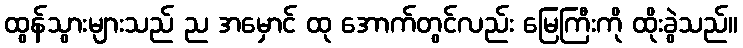
ထွန်သွားများသည် ည အမှောင် ထု အောက်တွင်လည်း မြေကြီးကို ထိုးခွဲသည်။